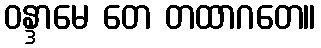
ဝန္ဒာမေ တေ တထာဂတေ။